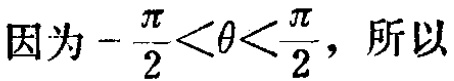
因为\(-\frac{\pi}{2}<\theta<\frac{\pi}{2}\)，所以